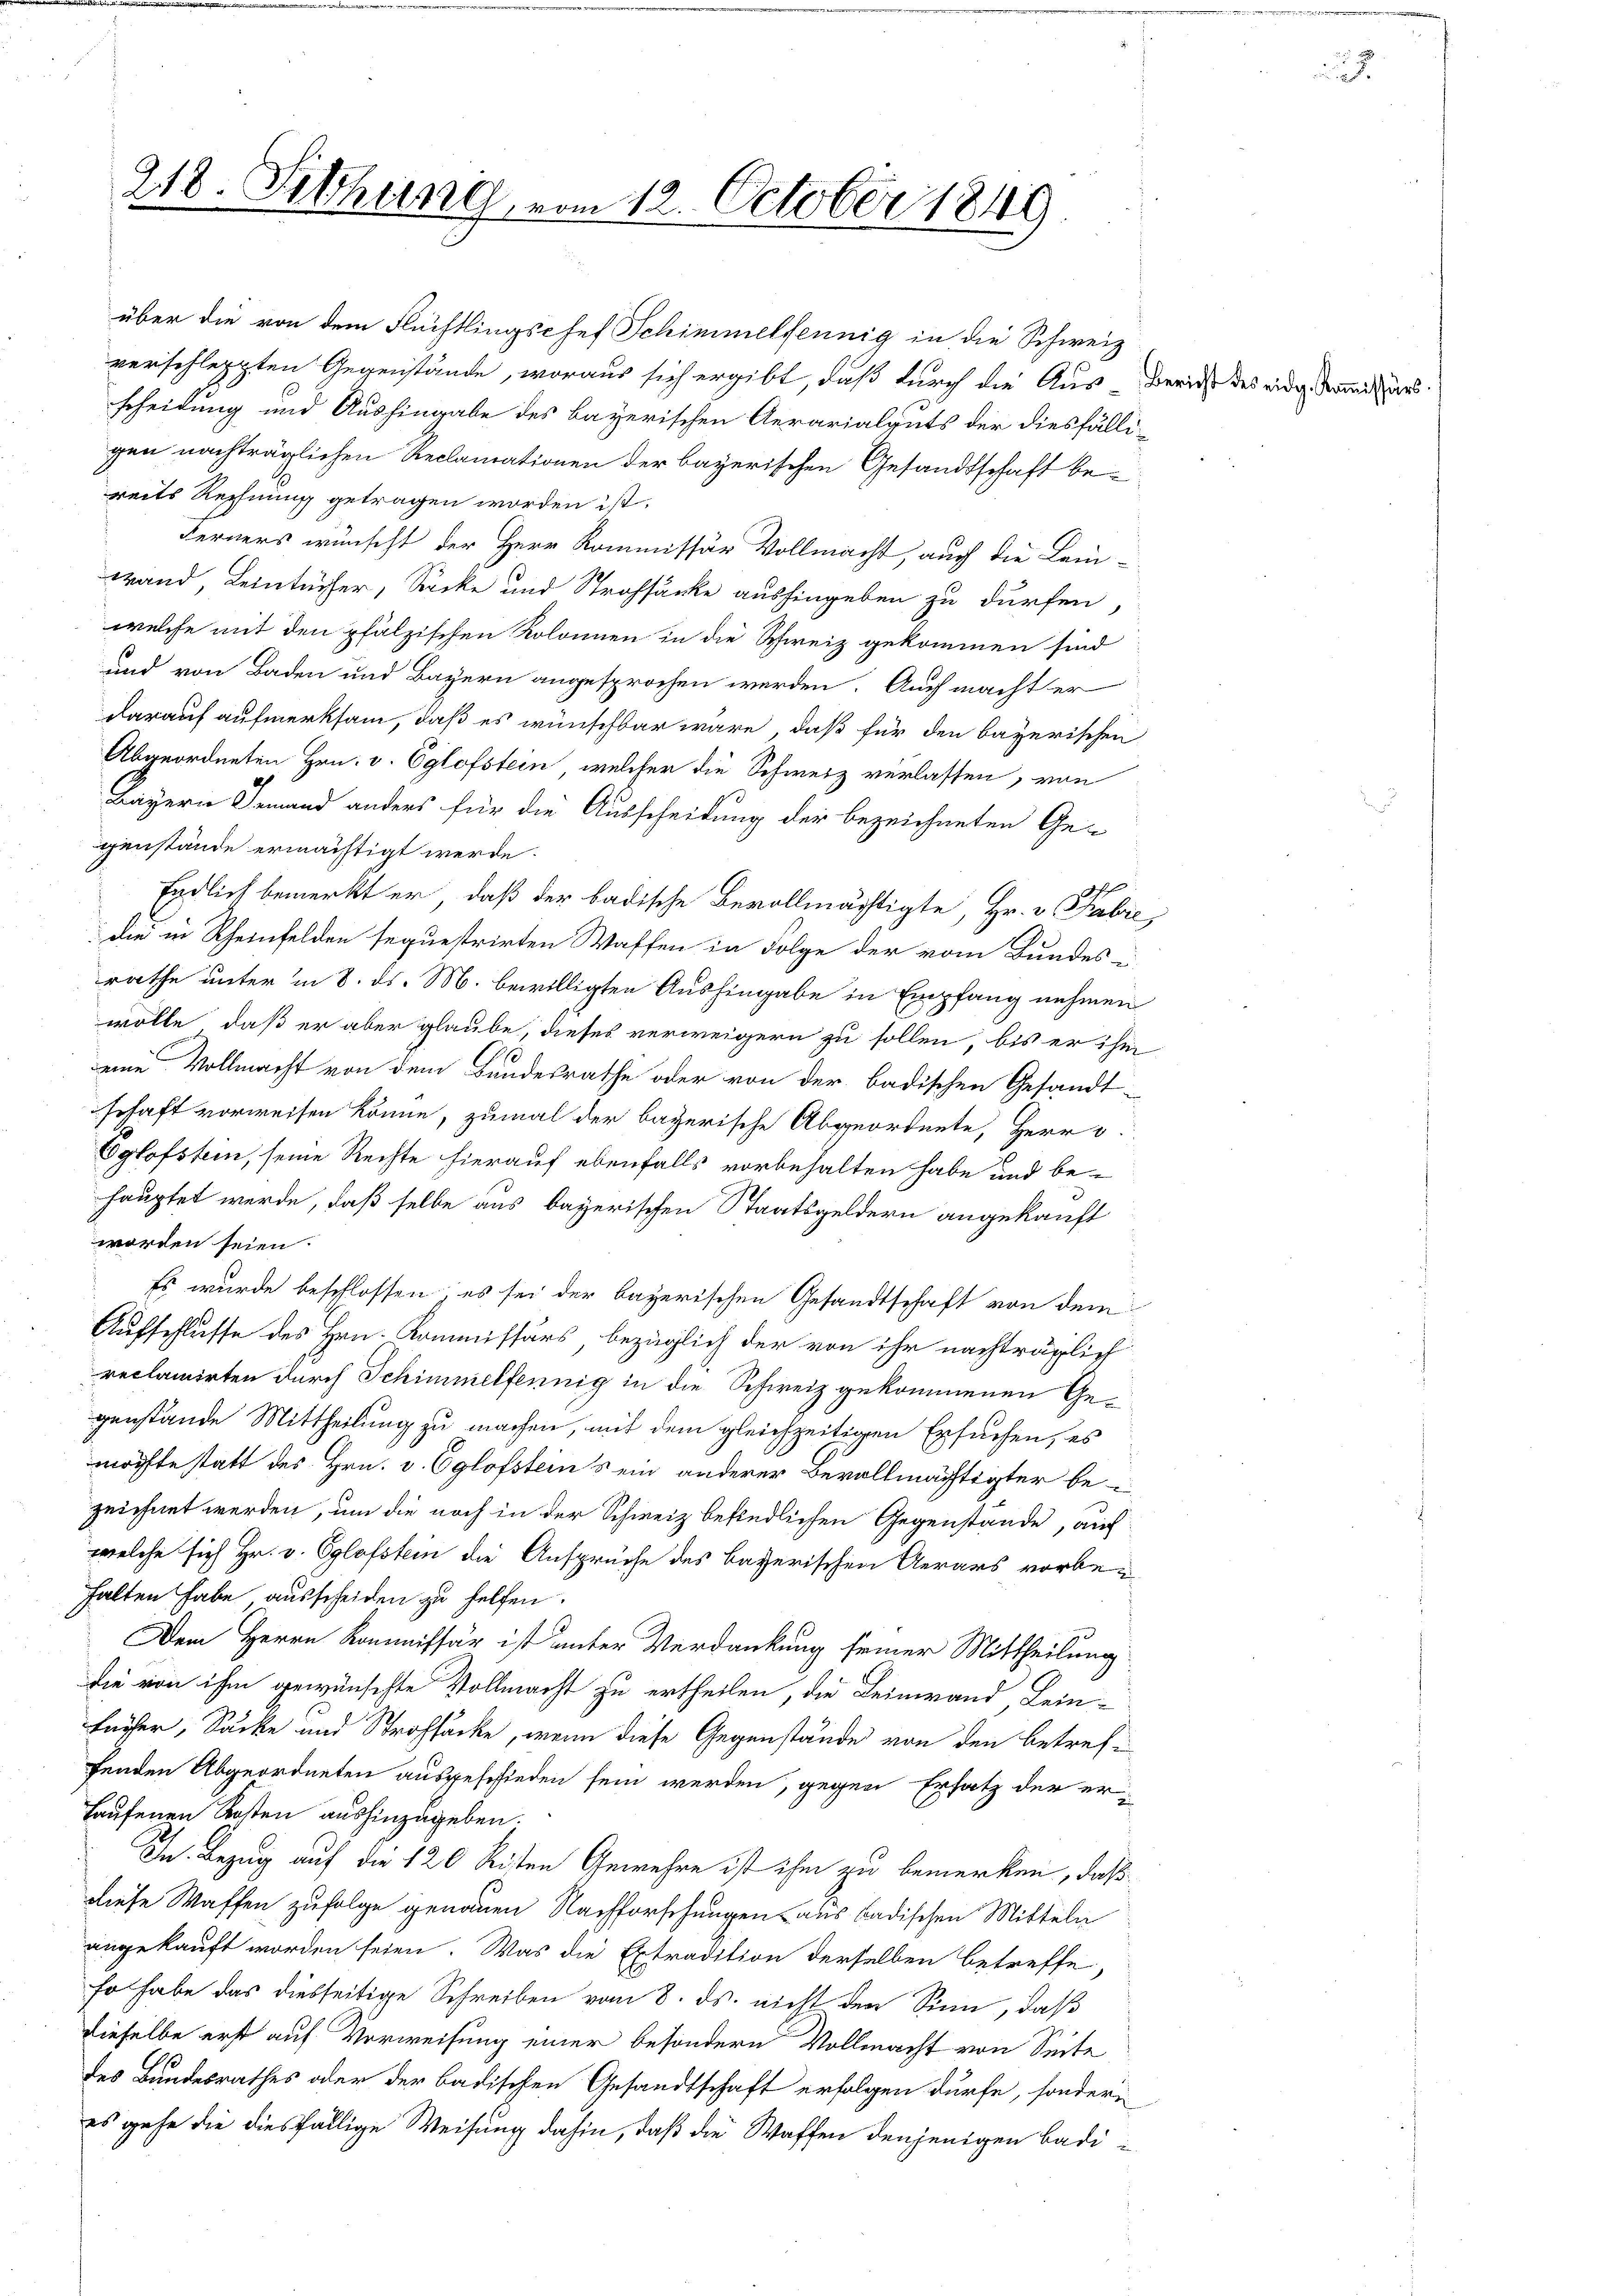
218. Sitzung vom 12. October 1849

verschleppten Gegenstände, woraus sich ergibt, daß durch die Aus-
Echeidung und Aushingabe des bayerischen Aerarialguts der diesfälligen nachträglichen Reclamationen der bayerischen Gesandtschaft bereits Rechnung getragen worden ist.
Ferners wünscht der Herr Kommissär Vollmacht, auch die Lein-
wand, Leintücher, Socke und Strafsacke aushingeben zu dürfen,
welche mit den pfälzischen Kolonnen in die Schweiz gekommen sind
und von Baden und Bayern angesprochen werden. Auch macht er
darauf aufmerksam, daß es wünschbar wäre, daß für den bayerischen
Abgeordneten Hrn. v. Eglofstein, welcher die Schweiz verlassen, von
Bayerie Jemand anders für die Ausscheidung der bezeichneten Gegenstände ermächtigt werde.
Endlich bemerkt er, daß der badische Bevollmächtigte, Hr. v. Fabri
die in Rheinfelden sequestrirten Waffen in Folge der vom Bundes i
rathe unter in 8. ds. M. bewilligten Aushingabe in Empfang nehmen
wolle, daß er aber glaube, dieses verweigern zu sollen, bis er ihm
eine Vollmacht von dem Bundesrathe oder von der badischen Gesandt-
schaft vorweisen könne, zumal der bayerische Abgeordnete, Herr v.
Eglofstem, seine Rechte hierauf ebenfalls vorbehalten habe und be-
hauptet werde, daß selbe aus bayerischen Staatsgeldern angekauft
worden seien.
Es wurde beschlossen; es sei der bayerischen Gesandtschaft von dem
Aufschlusse des Hrn. Kommissärs, bezüglich der von ihr nachträglich
reclamirten durch Schimmelfennig in die Schweiz gekommenen Gegenstände Mittheilung zu machen, mit dem gleichzeitigen Ersuchen, es
möchte statt des Hrn. v. Eglofsteins ein anderer Bevollmächtigter bezeichnet werden, um die noch in der Schweiz befindlichen Gegenstände, auf
welche sich Hr. v. Eglofstein die Ansprüche des bayerischen Aerars vorbei
halten habe ausscheiden zu helfen.
Dem Herrn Kommissär ist unter Verdankung seiner Mittheilung
die von ihm gewünschte Vollmacht zu ertheilen, die Leinwand, Leinfücher, Socke und Strafsacke, wenn diese Gegenstände von den betreff
fenden Abgeordneten ausgeschieden sein werden, gegen Ersatz der er¬
Haufenen Kosten aushinzugeben.
In Bezug auf die 120 Reiten Gewehre ist ihm zu bemerken, daß
diese Waffen zufolge genauen Nachforschungen aus badischen Mitteln
angekauft worden seien. Was die Extradition derselben betreffe,
so habe das diesseitige Schreiben vom 8. ds. nicht den Sinn, daß
dieselbe erst auf Verweisung einer besondern Vollmacht von Seite
des Bundesrathes oder der badischen Gesandtschaft erfolgen dürfe, sondern
es gehe die diesfällige Weisung dahin, daß die Waffen denjenigen Badi¬

über die von dem Flüchtlingschef Schimmelfennig in die Schweiz

Bericht des eidg. Kommissärs.